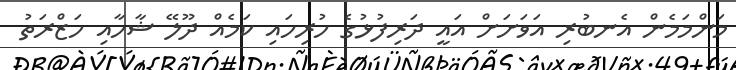
މަންމަމެން އެނބުރި އަވަށަށް އައީ ދަރިފުޅުގެ ހުރިހައި ކަމެއް ދޫލޭ ޝާހާއި ހަޒްރަތު